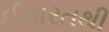
ઈમારતથી